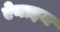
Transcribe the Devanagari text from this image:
ऐनाइम